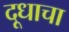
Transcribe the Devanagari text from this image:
दूधाचा